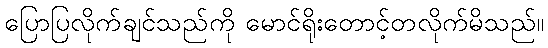
ပြောပြလိုက်ချင်သည်ကို မောင်ရိုးတောင့်တလိုက်မိသည်။